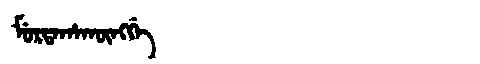
Manchu: ᠮᡠᡵᡨᠠᡥᠠᡴᡡᠩᡤᡝ
Romanization: MURTAHAKŪNGGE